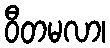
ဝီတမလာ၊